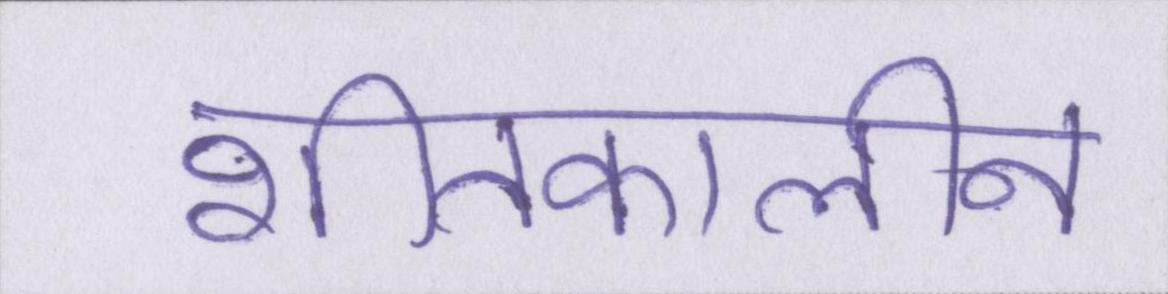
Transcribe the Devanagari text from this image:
शीतकालीन